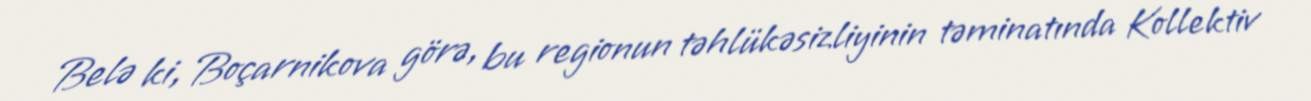
Belə ki, Boçarnikova görə, bu regionun təhlükəsizliyinin təminatında Kollektiv